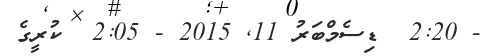
- 2:20  ޑިސެމްބަރު 11